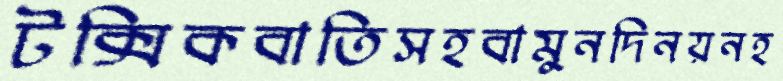
টক্সিকবাতিসহবামুনদিনয়নহ